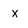
Character: x